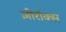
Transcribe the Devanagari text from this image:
ज़ीरॉक्स